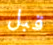
قبل